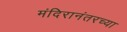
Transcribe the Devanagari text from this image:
मंदिरानंतरच्या